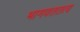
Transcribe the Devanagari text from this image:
भागवततत्व